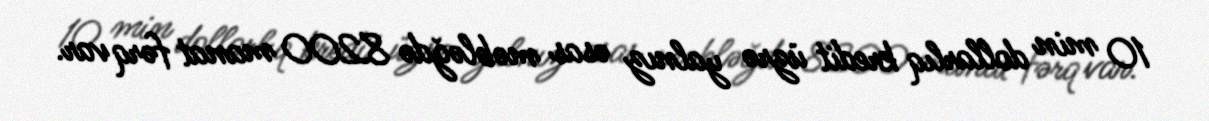
10 min dollarlıq kredit üzrə yalnız əsas məbləğdə 8200 manat fərq var.